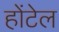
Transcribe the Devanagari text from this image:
होंटेल